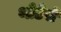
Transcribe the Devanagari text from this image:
थोडेसें